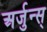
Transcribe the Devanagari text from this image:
अर्जुन्स्